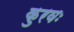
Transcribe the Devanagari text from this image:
कुरवः